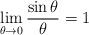
LaTeX: \begin{align*} \lim_{\theta\rightarrow 0}\dfrac{\sin\theta}{\theta}=1\end{align*}